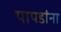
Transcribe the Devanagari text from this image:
पापडांना